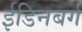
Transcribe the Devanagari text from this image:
ईडिनबर्ग